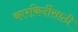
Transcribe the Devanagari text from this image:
कारकिर्दीसाठी